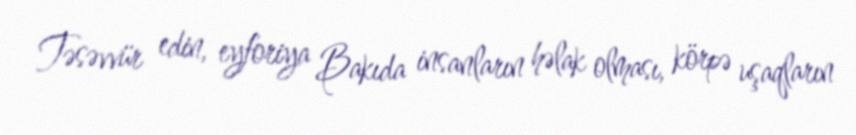
Təsəvvür edin, eyforiya Bakıda insanların həlak olması, körpə uşaqların